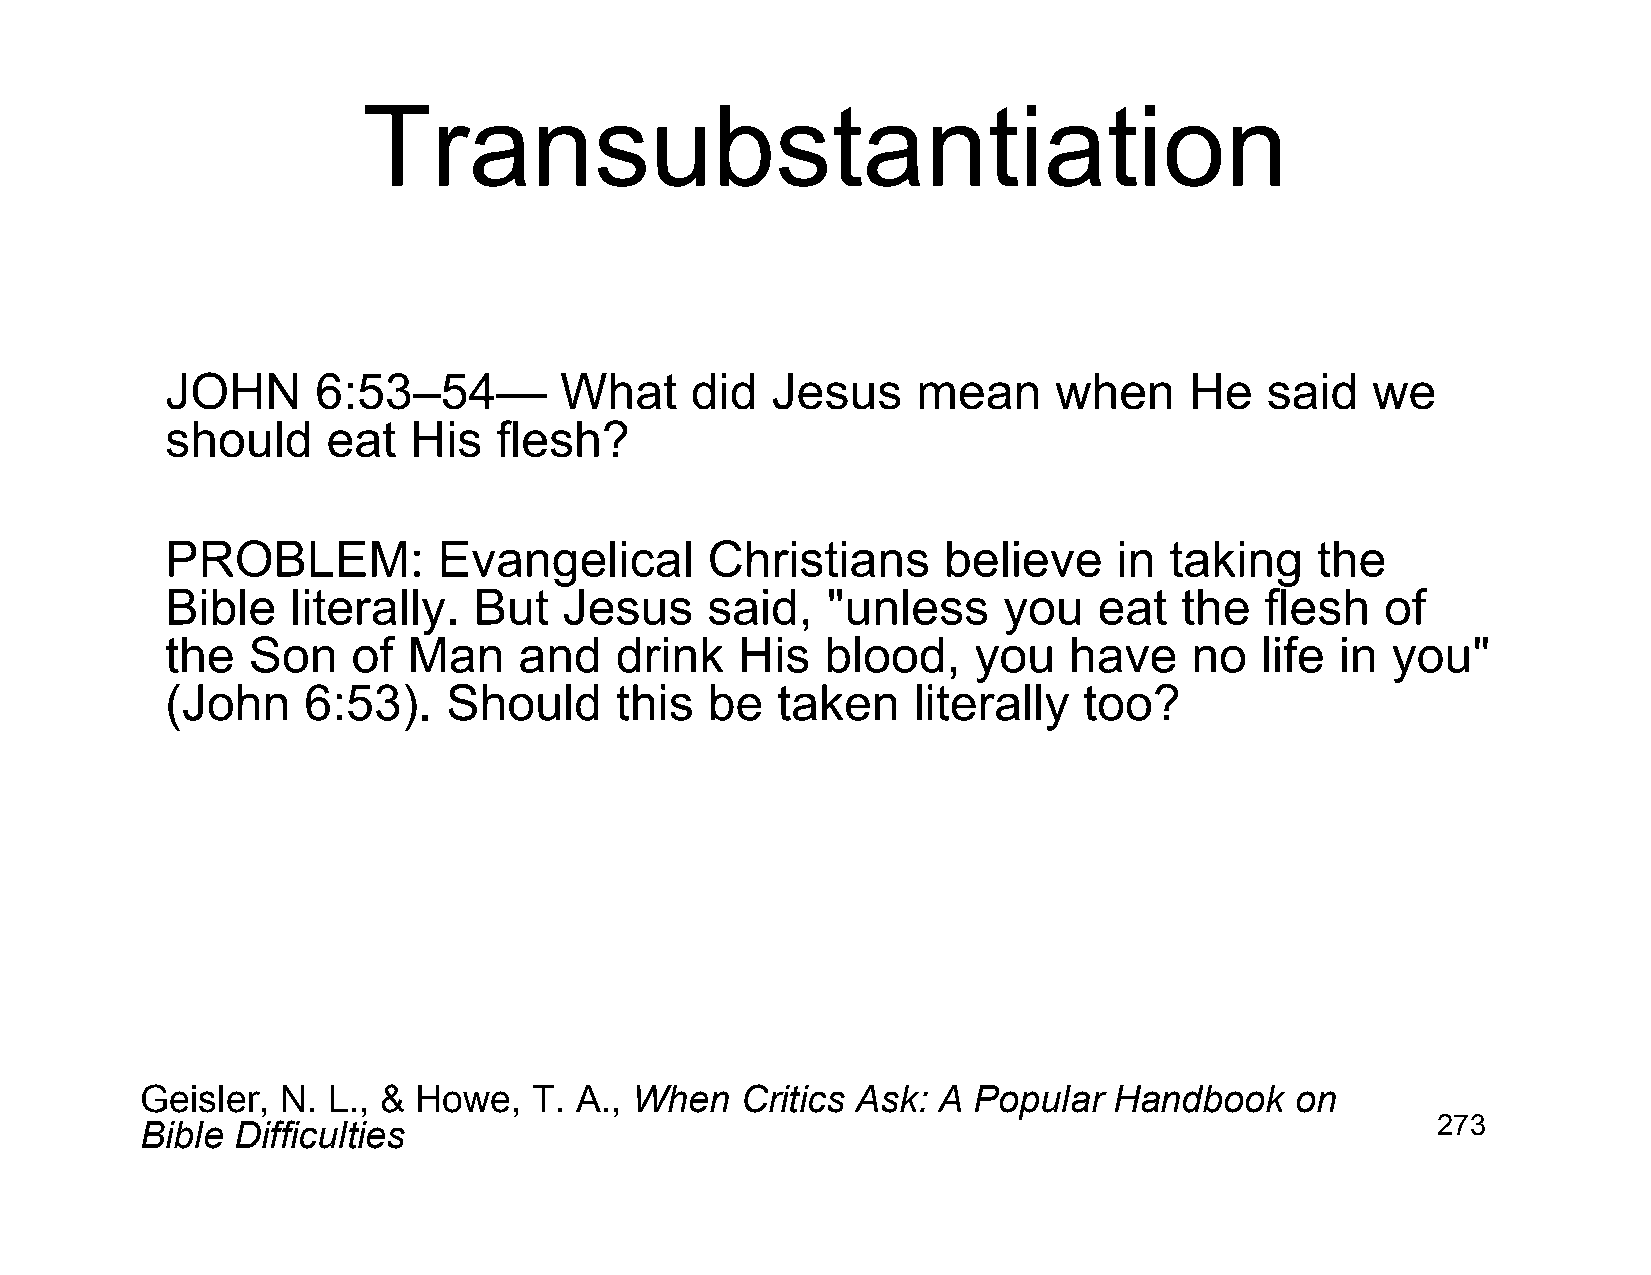
Transubstantiation
 JOHN      6:53–54—        What     did  Jesus     mean     when     He   said   we
 should     eat  His   flesh?
 PROBLEM:          Evangelical       Christians     believe     in taking    the
 Bible   literally.  But   Jesus     said,   "unless    you    eat  the   flesh   of
 the  Son    of  Man    and    drink   His   blood,   you    have    no  life  in you"
 (John    6:53).    Should     this  be  taken    literally   too?
 Geisler,  N. L., & Howe,  T. A., When   Critics Ask: A Popular   Handbook    on
 Bible Difficulties                                                                    273